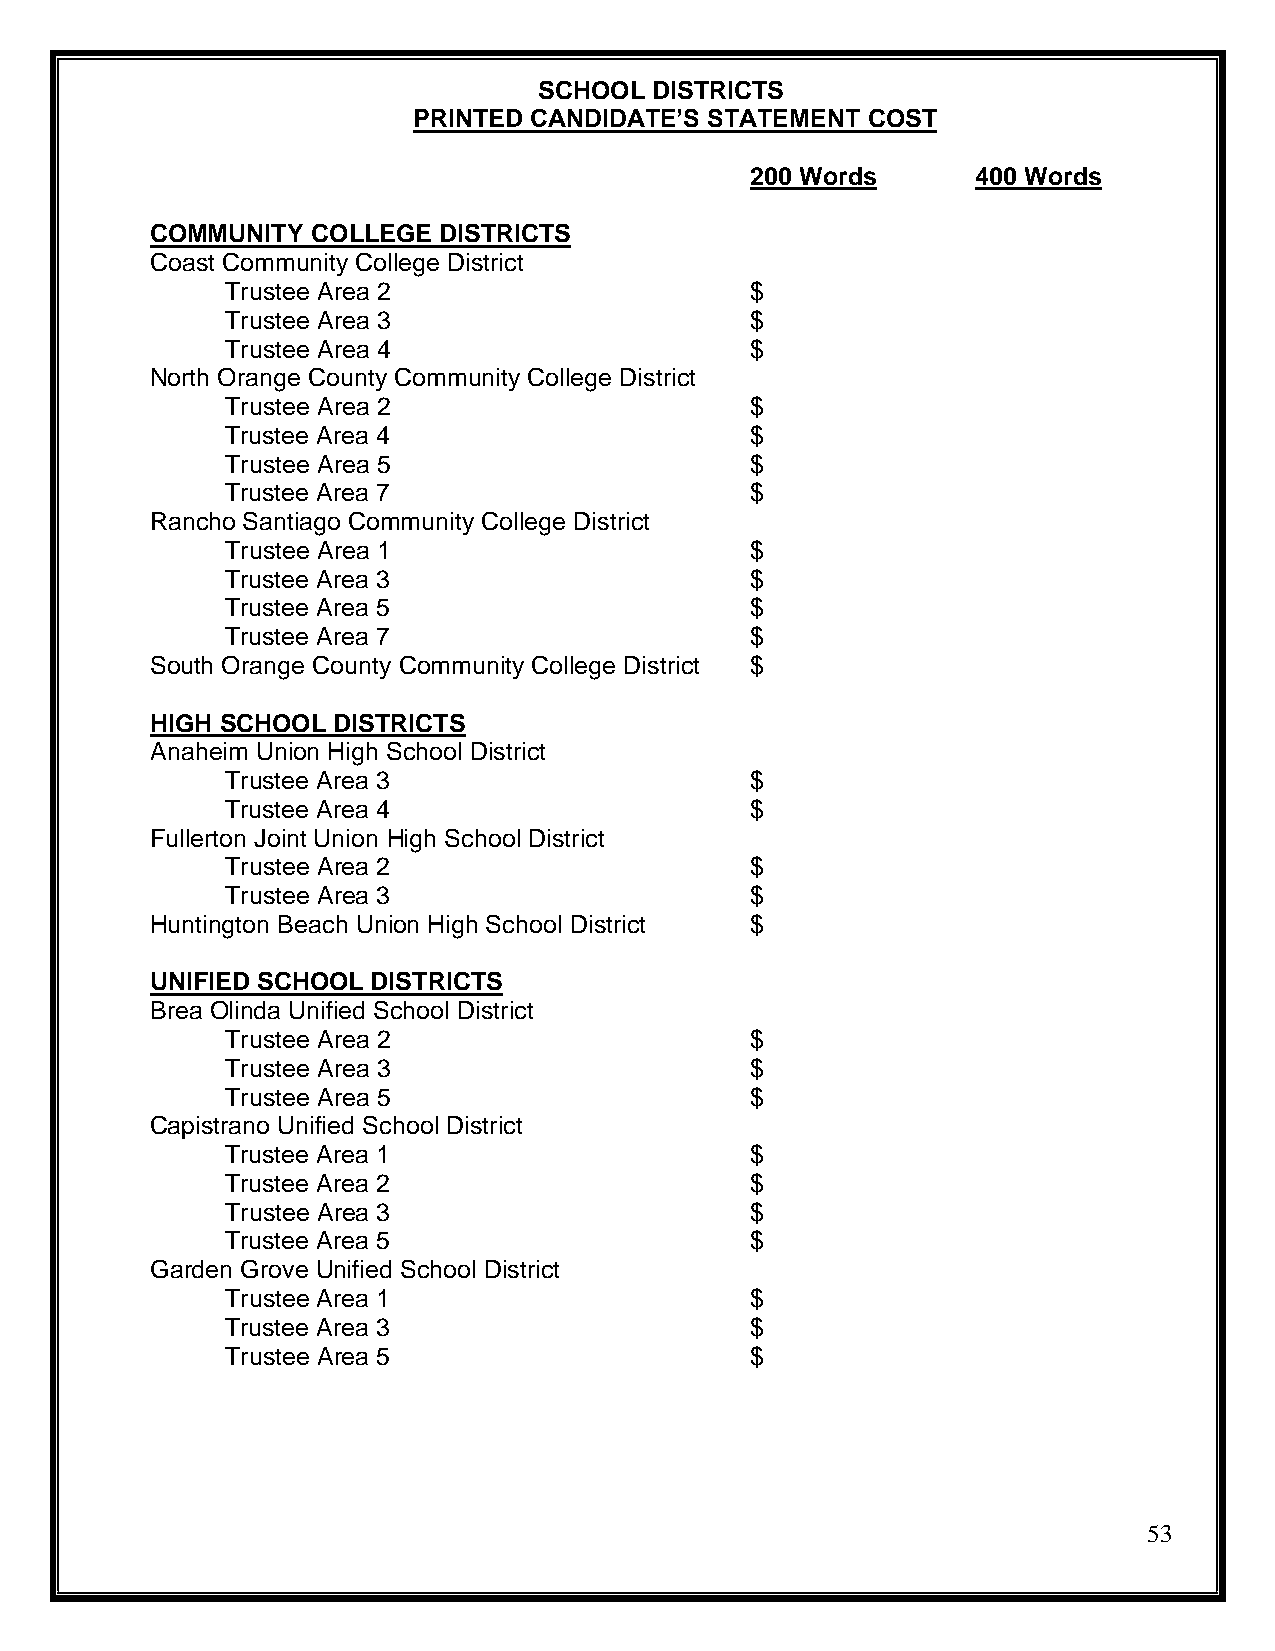
SCHOOL DISTRICTS
 PRINTED CANDIDATE’S STATEMENT COST
 200 Words      400 Words
 COMMUNITY  COLLEGE DISTRICTS
 Coast Community College District
 Trustee Area 2                     $
 Trustee Area 3                     $
 Trustee Area 4                     $
 North Orange County Community College District
 Trustee Area 2                     $
 Trustee Area 4                     $
 Trustee Area 5                     $
 Trustee Area 7                     $
 Rancho Santiago Community College District
 Trustee Area 1                     $
 Trustee Area 3                     $
 Trustee Area 5                     $
 Trustee Area 7                     $
 South Orange County Community College District $
 HIGH SCHOOL DISTRICTS
 Anaheim Union High School District
 Trustee Area 3                     $
 Trustee Area 4                     $
 Fullerton Joint Union High School District
 Trustee Area 2                     $
 Trustee Area 3                     $
 Huntington Beach Union High School District $
 UNIFIED SCHOOL DISTRICTS
 Brea Olinda Unified School District
 Trustee Area 2                     $
 Trustee Area 3                     $
 Trustee Area 5                     $
 Capistrano Unified School District
 Trustee Area 1                     $
 Trustee Area 2                     $
 Trustee Area 3                     $
 Trustee Area 5                     $
 Garden Grove Unified School District
 Trustee Area 1                     $
 Trustee Area 3                     $
 Trustee Area 5                     $
 53